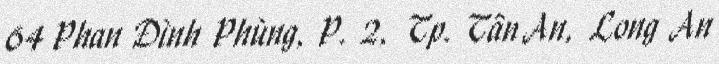
64 Phan Đình Phùng, P. 2, Tp. Tân An, Long An